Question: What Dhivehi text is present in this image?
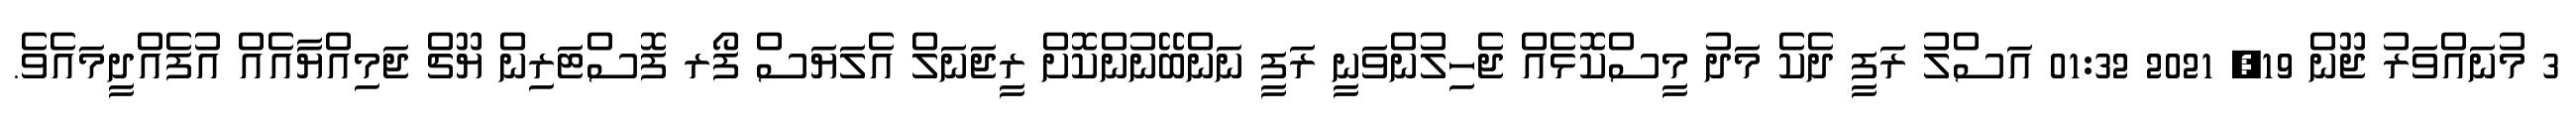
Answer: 3 މުނައްވަރު ޖޫން 19, 2021 01:32 އަސްލު ރަފީ ދެކެ މަދު މީސްކޮޅެއް ޖެހިލުންވަނީ ރަފީ ނަންބޭނުންކޮށް ރީޖަނަލް އެލަޔަސް ފޯރ ފޮސްޓަރިން ޔޫޗް ޖަމިއްޔާއެއް އުފެއްދީމައެވެ.